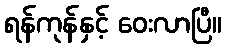
ရန်ကုန်နှင့် ဝေးလာပြီ။